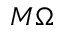
M \Omega